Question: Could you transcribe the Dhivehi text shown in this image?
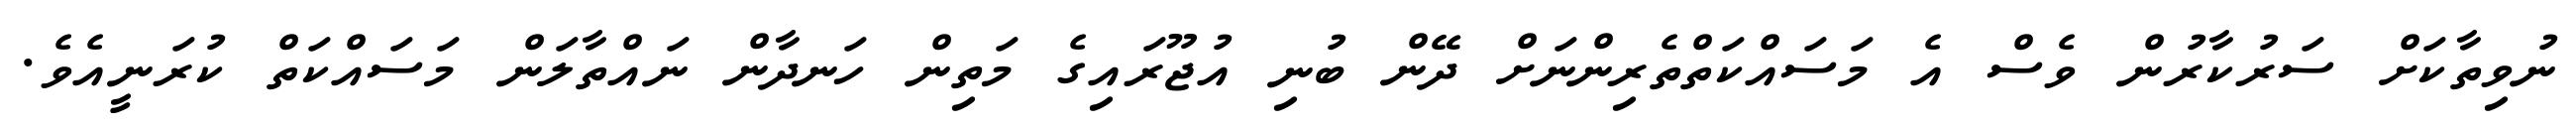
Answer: ނުވިތާކަށް ސަރުކާރުން ވެސް އެ މަސައްކަތްތެރިންނަށް ދޭން ބުނި އުޖޫރައިގެ މަތިން ހަނދާން ނައްތާލަން މަސައްކަތް ކުރަނީއެވެ.